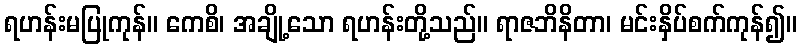
ရဟန်းမပြုကုန်။ ကေစိ၊ အချို့သော ရဟန်းတို့သည်။ ရာဇဘိနိတာ၊ မင်းနှိပ်စက်ကုန်၍။